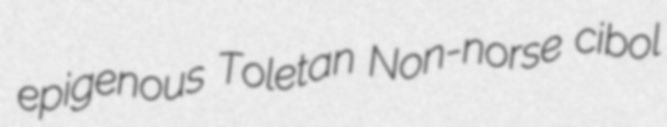
epigenous Toletan Non-norse cibol